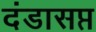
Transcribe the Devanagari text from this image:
दंडासप्त